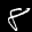
Label: 8